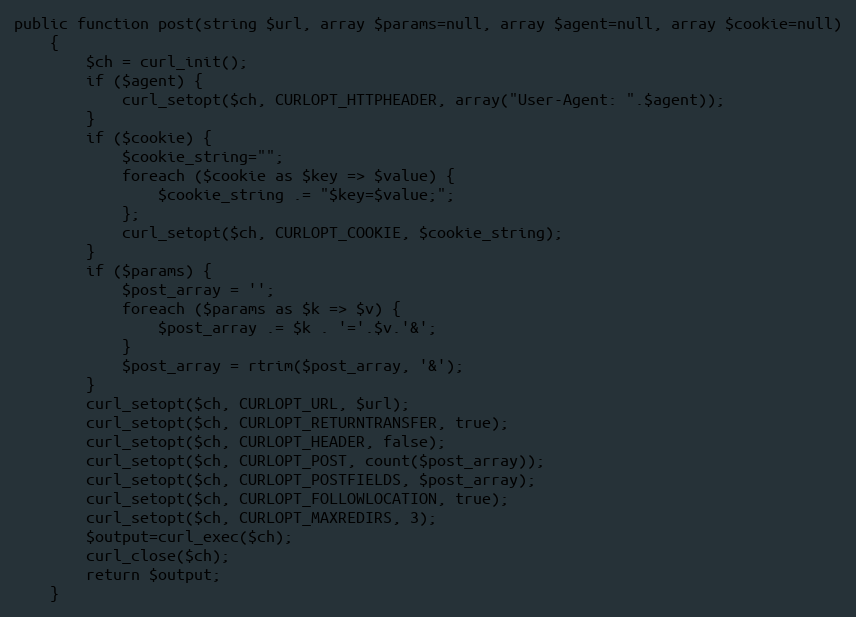
Language: PHP
public function post(string $url, array $params=null, array $agent=null, array $cookie=null)
    {
        $ch = curl_init();
        if ($agent) {
            curl_setopt($ch, CURLOPT_HTTPHEADER, array("User-Agent: ".$agent));
        }
        if ($cookie) {
            $cookie_string="";
            foreach ($cookie as $key => $value) {
                $cookie_string .= "$key=$value;";
            };
            curl_setopt($ch, CURLOPT_COOKIE, $cookie_string);
        }
        if ($params) {
            $post_array = '';
            foreach ($params as $k => $v) {
                $post_array .= $k . '='.$v.'&';
            }
            $post_array = rtrim($post_array, '&');
        }
        curl_setopt($ch, CURLOPT_URL, $url);
        curl_setopt($ch, CURLOPT_RETURNTRANSFER, true);
        curl_setopt($ch, CURLOPT_HEADER, false);
        curl_setopt($ch, CURLOPT_POST, count($post_array));
        curl_setopt($ch, CURLOPT_POSTFIELDS, $post_array);
        curl_setopt($ch, CURLOPT_FOLLOWLOCATION, true);
        curl_setopt($ch, CURLOPT_MAXREDIRS, 3);
        $output=curl_exec($ch);
        curl_close($ch);
        return $output;
    }